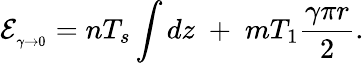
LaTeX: {\cal E}_{{}_{\gamma\to 0}}=nT_{s}\int dz\; +\; mT_{1}\frac{\gamma\pi r}{2}.